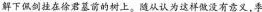
解下佩剑挂在徐君墓前的树上。随从认为这样做没有意义，季